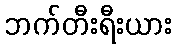
ဘက်တီးရီးယား